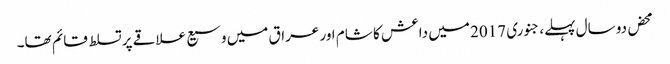
محض دو سال پہلے، جنوری 2017 میں داعش کا شام اور عراق میں وسیع علاقے پر تسلط قائم تھا۔